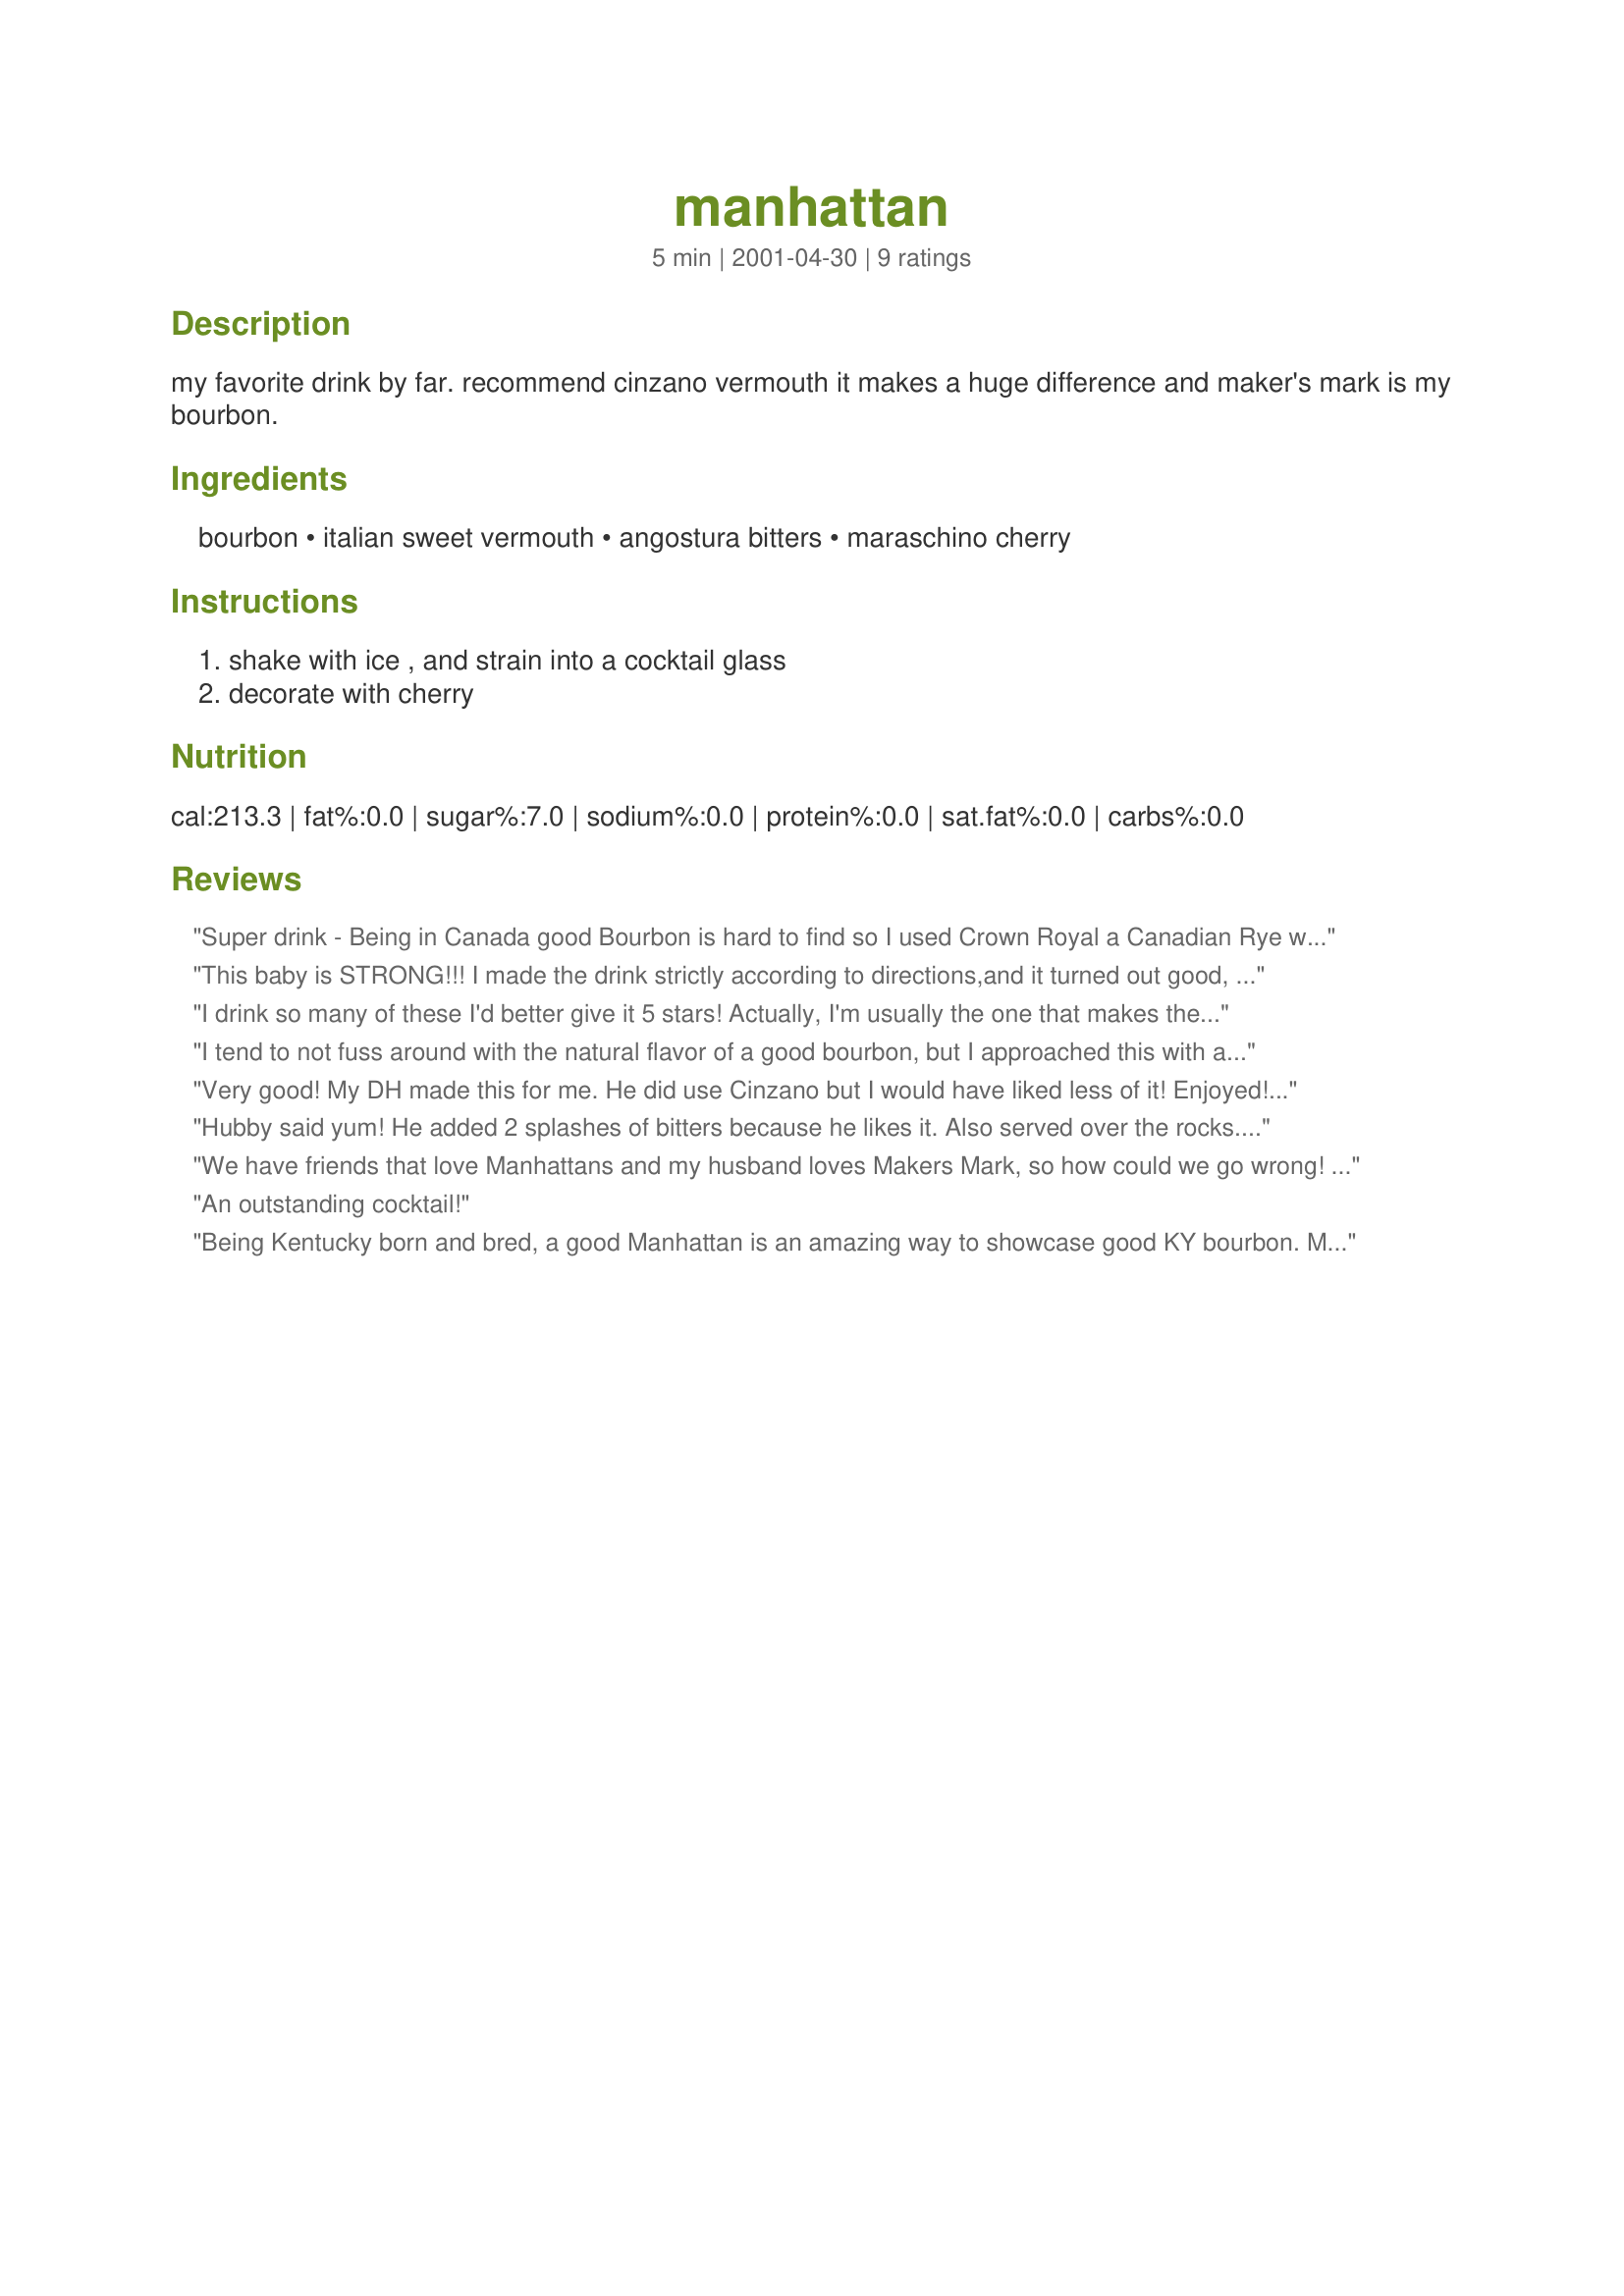
manhattan
Preparation time: 5 minutes

my favorite drink by far. recommend cinzano vermouth it makes a huge difference and maker's mark is my bourbon.

Ingredients:
bourbon, italian sweet vermouth, angostura bitters, maraschino cherry

Steps:
shake with ice , and strain into a cocktail glass, decorate with cherry

Reviews:
 Super drink - Being in Canada good Bourbon is hard to find so I used Crown Royal a Canadian Rye with Cinzano Vermouth and no bitters with NO complaints - very smooth and I love the cherry Thanks Gay for a mellow mood!
This baby is STRONG!!! I made the drink strictly according to directions,and it turned out good, more of a sipping drink because I prolly could only handle 2.I will try again because I love bourbon but will add something like sweetened lime juice or something to cut the strongness, or maybe even a drop of honey, but then it wouldn't be a manhattan.Thanks for the recipe.
I drink so many of these I'd better give it 5 stars! Actually, I'm usually the one that makes them in our house.

I either put the glasses in the freezer for 10 or 15 minutes or let them sit with ice water in them to chill them.

And shaking the ingredients in a mixer makes it a little foamy when you pour, which people tend to like.

I rarely use bitters because I just can't taste the difference, but always use a cherry or two.

<b>Cinzano</b> vermouth is the <i>only</i> way to go, if you can find it. I think the vermouth makes a bigger difference than the bourbon. And I, too, prefer <b>Maker's Mark</b>.

I tend to not fuss around with the natural flavor of a good bourbon, but I approached this with an open mind. I backed off on the bourbon/vermouth ratio and settled on 8 to 1, and the addition of bitters was great. The drink had just a hint of sweetness and a very pleasant experience. As long as we are suggesting brands .. I would suggest you try Old Heaven Hill 100 proof bottled in bond kentucky whiskey.
Very good! My DH made this for me. He did use Cinzano but I would have liked less of it! Enjoyed! Thanks!
Hubby said yum! He added 2 splashes of bitters because he likes it. Also served over the rocks. Thanks for posting it here.
We have friends that love Manhattans and my husband loves Makers Mark, so how could we go wrong! Great recipe
An outstanding cocktail!
Being Kentucky born and bred, a good Manhattan is an amazing way to showcase good KY bourbon. Makers Mark is great but also try Woodford Reserve. Evan Williams single barrel is also very smooth. I tend to stir the Manhattan so you don&#039;t &quot;bruise&quot; the bourbon. Learned this at from a bartender at a historic restaurant here in KY, (where I found Pappy Van Winkle offered!). I too, used to shake them, but no more! Served cold over ice is my preference but anyway is good.
